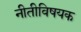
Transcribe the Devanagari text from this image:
नीतीविषयक